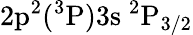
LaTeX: \mathrm{2p^{2}(^{3}P)3s~^{2}P_{3/2}}